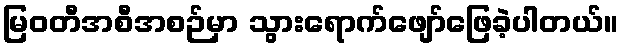
မြဝတီအစီအစဉ်မှာ သွားရောက်ဖျော်ဖြေခဲ့ပါတယ်။